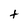
Character: t